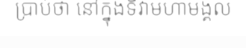
ប្រាប់ថា នៅក្នុងទិវាមហាមង្គល